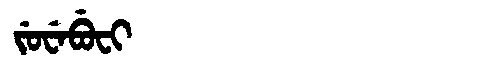
Manchu: ᠵᡠᠸᡝᠪᡠᠸᡳ
Romanization: JUWEBUFI